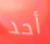
أحد